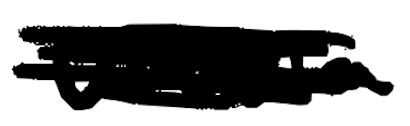
Text: Ursula
Cross-out: mix
Writing tool: digital_black